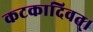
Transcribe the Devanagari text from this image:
कटकादिवत्।